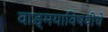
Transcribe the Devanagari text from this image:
वाङ्‌मयाविषयीचे